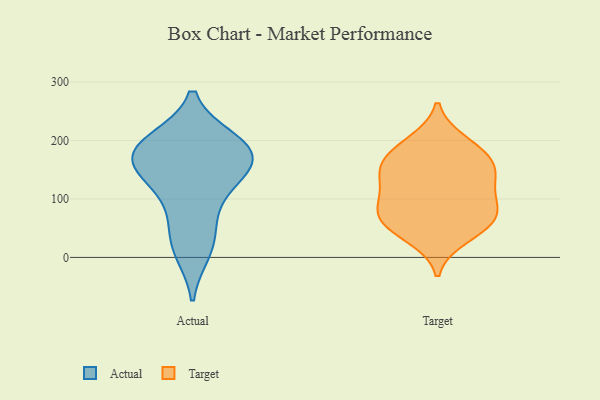
{"axis": {"x": "Churn Rate (%)", "y": "Value"}, "legend": ["Actual", "Target"], "data": [{"x": "", "y": 26, "type": "Actual"}, {"x": "", "y": 198, "type": "Actual"}, {"x": "", "y": 169, "type": "Actual"}, {"x": "", "y": 158, "type": "Actual"}, {"x": "", "y": 199, "type": "Actual"}, {"x": "", "y": 111, "type": "Actual"}, {"x": "", "y": 11, "type": "Actual"}, {"x": "", "y": 69, "type": "Actual"}, {"x": "", "y": 182, "type": "Actual"}, {"x": "", "y": 139, "type": "Actual"}, {"x": "", "y": 156, "type": "Actual"}, {"x": "", "y": 187, "type": "Actual"}, {"x": "", "y": 136, "type": "Target"}, {"x": "", "y": 33, "type": "Target"}, {"x": "", "y": 159, "type": "Target"}, {"x": "", "y": 104, "type": "Target"}, {"x": "", "y": 95, "type": "Target"}, {"x": "", "y": 122, "type": "Target"}, {"x": "", "y": 199, "type": "Target"}, {"x": "", "y": 149, "type": "Target"}, {"x": "", "y": 170, "type": "Target"}, {"x": "", "y": 44, "type": "Target"}, {"x": "", "y": 193, "type": "Target"}, {"x": "", "y": 65, "type": "Target"}, {"x": "", "y": 71, "type": "Target"}, {"x": "", "y": 158, "type": "Target"}, {"x": "", "y": 63, "type": "Target"}, {"x": "", "y": 78, "type": "Target"}]}